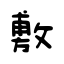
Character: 敷